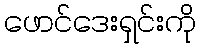
ဖောင်ဒေးရှင်းကို